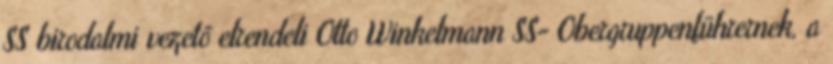
SS birodalmi vezetõ elrendeli Otto Winkelmann SS- Obergruppenführernek, a